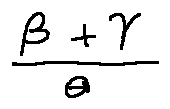
\frac { \beta + \gamma } { \theta }